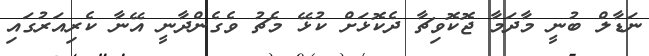
ނަޑާލް ބުނީ މާދަމާ ޖޮކޮވިޗާ ދެކޮޅަށް ކުޅޭ މެޗު ވެގެންދާނީ އޭނާ ކެރިއަރުގައި